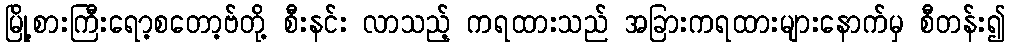
မြို့စားကြီးရော့စတော့ဗ်တို့ စီးနင်း လာသည့် ကရထားသည် အခြားကရထားများနောက်မှ စီတန်း၍